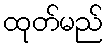
ထုတ်မည်